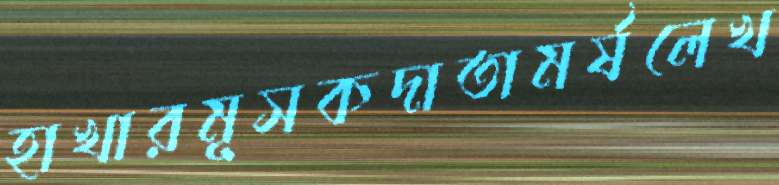
হাখারমূসকদাতামর্ষলেখ